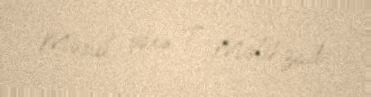
Məsul şəxs: T. Məlikzadə